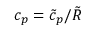
c _ { p } = \tilde { c } _ { p } / \tilde { R }